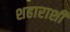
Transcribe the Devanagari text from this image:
शहाराशी